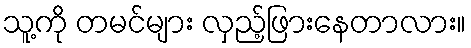
သူ့ကို တမင်များ လှည့်ဖြားနေတာလား။